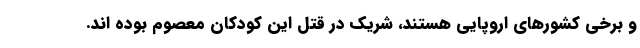
و برخی کشورهای اروپایی هستند، شریک در قتل این کودکان معصوم بوده اند.